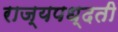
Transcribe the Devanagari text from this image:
राज्यपध्दती